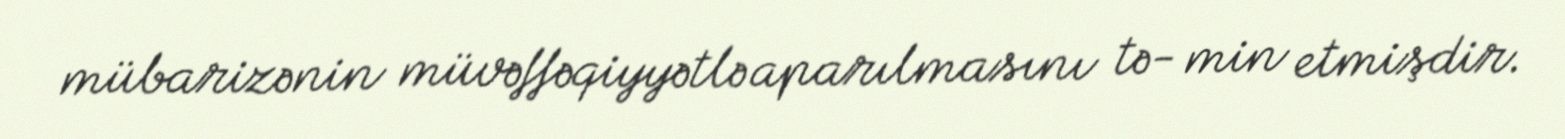
mübarizənin müvəffəqiyyətlə aparılmasını tə- min etmişdir.